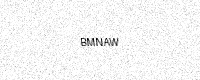
Text: BMNAW